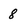
Character: 8